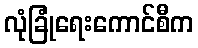
လုံခြုံရေးကောင်စီက